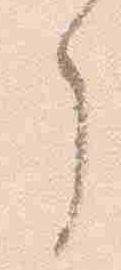
了